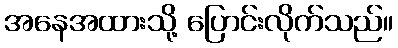
အနေအထားသို့ ပြောင်းလိုက်သည်။